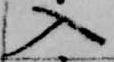
入